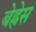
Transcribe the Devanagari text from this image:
बेह्नेस